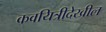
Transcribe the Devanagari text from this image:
कवयित्रीदेखील